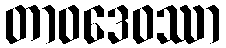
တာဝဒေဝဿာ